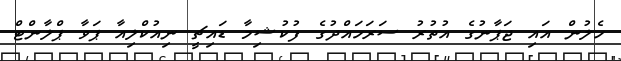
ހެލުން އައި ޖަޕާނުގެ އުތުރު ސަރަހައްދުގެ ފުކުޝިމާ ޑައިޗީ ނިއުކްލިއާ ޕަވާ ޕްލާންޓް